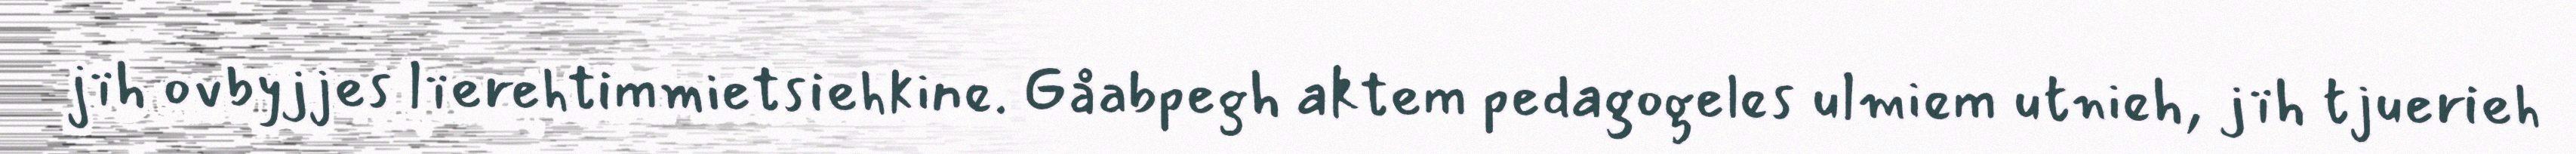
jïh ovbyjjes lïerehtimmietsiehkine. Gåabpegh aktem pedagogeles ulmiem utnieh, jïh tjuerieh